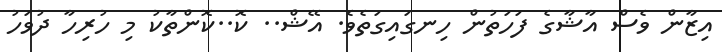
އިޒާން ވެސް އާޝާގެ ފަހަތުން ހިނގައިގަތެވެ. އޭޝް.. ކޮ..ކޮންތާކު މި ހުރިހާ ދުވަހު